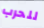
للحرب